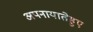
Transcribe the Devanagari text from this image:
अपनायातेहुए